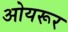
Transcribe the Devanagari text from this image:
ओयरूर